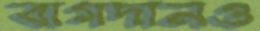
বাগদানও